Senior Leaving Certificate Examination (including Day School Certificate (Higher) General paper), 1950
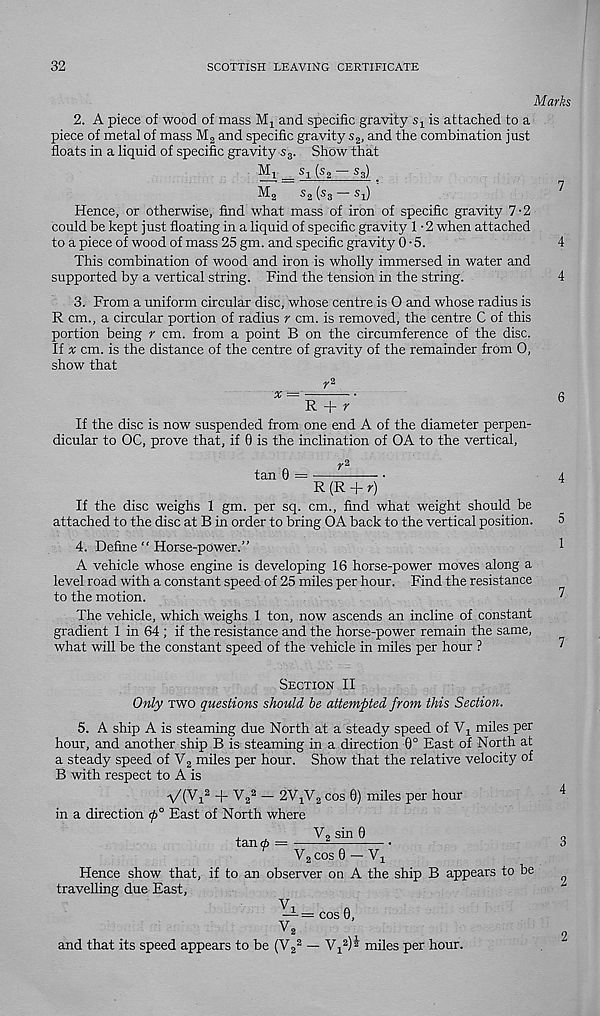
32
SCOTTISH LEAVING CERTIFICATE
Marks
2. A piece of wood of mass
and specific gravity s x is attached to a
piece of metal of mass M 2 and specific gravity s 2 , and the combination just
floats in a liquid of specific gravity s 3 . Show that
Mi _ Si (s 2 - s 3 )
M 2
s 2 (s 3 — sj
7
Hence, or otherwise, find what mass of iron of specific gravity 7-2
could be kept just floating in a liquid of specific gravity 1 • 2 when attached
to a piece of wood of mass 25 gm. and specific gravity 0-5.
4
This combination of wood and iron is wholly immersed in water and
supported by a vertical string. Find the tension in the string.
4
3. From a uniform circular disc, whose centre is O and whose radius is
R cm., a circular portion of radius r cm. is removed, the centre C of this
portion being r cm. from a point B on the circumference of the disc.
If x cm. is the distance of the centre of gravity of the remainder from 0,
show that
x
R + r
If the disc is now suspended from one end A of the diameter perpen-
dicular to OC, prove that, if 0 is the inclination of OA to the vertical,
tan 0 =
R (R + r)
If the disc weighs 1 gm. per sq. cm., find what weight should be
attached to the disc at B in order to bring OA back to the vertical position.
4. Define “ Horse-power.”
A vehicle whose engine is developing 16 horse-power moves along a
level road with a constant speed of 25 miles per hour. Find the resistance
to the motion.
The vehicle, which weighs 1 ton, now ascends an incline of constant
gradient 1 in 64 ; if the resistance and the horse-power remain the same,
what will be the constant speed of the vehicle in miles per hour ?
6
4
5
1
7
7
Section II
Only two questions should be attempted from this Section.
5. A ship A is steaming due North at a steady speed of Vj miles per
hour, and another ship B is steaming in a direction 0° East of North at
a steady speed of V 2 miles per hour. Show that the relative velocity of
B with respect to A is
V(Mi 2 + V 2
2 — 2V 1 V 2 cos 0) miles per hour
in a direction (p° East of North where
V 2 sin 0
tan 0 =
VaCOsO-Vj
Hence show that, if to an observer on A the ship B appears to be
travelling due East,
V i
fi
— = cos 0,
V 2
and that its speed appears to be (V 2
2 — Vj 2 )- miles per hour.
2